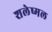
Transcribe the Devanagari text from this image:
शलेष्मल